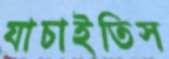
যাচাইতিস